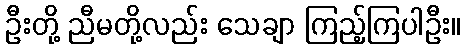
ဦးတို့ ညီမတို့လည်း သေချာ ကြည့်ကြပါဦး။